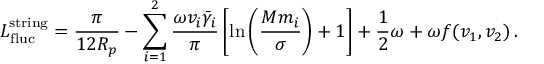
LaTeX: L _ { \mathrm { f l u c } } ^ { \mathrm { s t r i n g } } = \frac { \pi } { 1 2 R _ { p } } - \sum _ { i = 1 } ^ { 2 } \frac { \omega v _ { i } \bar { \gamma } _ { i } } { \pi } \left[ \ln \left( \frac { M m _ { i } } { \sigma } \right) + 1 \right] + \frac { 1 } { 2 } \omega + \omega f ( v _ { 1 } , v _ { 2 } ) \, .